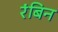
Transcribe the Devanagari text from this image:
रंबिन